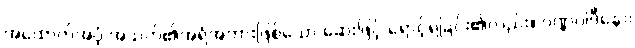
အထောက်အပံ့ အသက်၏အရံအတားဖြစ်သော ဆေးဖြင့် ရောင့်ရဲခြင်း၏လည်း။ ဝဏ္ဏဝါဒီနော၊